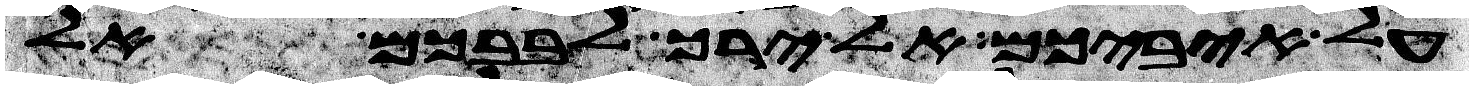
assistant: על איביכם אל ירך לבבכם אל